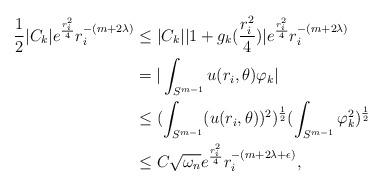
LaTeX: \begin{align*}\frac{1}{2}|C_k|e^{\frac{r_i^2}{4}}r_i^{-(m+2\lambda)}& \le |C_k||1+g_k(\frac{r_i^2}{4})|e^{\frac{r_i^2}{4}}r_i^{-(m+2\lambda)}\\&=|\int_{S^{m-1}}u(r_i,\theta)\varphi_k|\\&\le (\int_{S^{m-1}}( u(r_i,\theta))^2)^{\frac{1}{2}}(\int_{S^{m-1}} \varphi_k^2)^{\frac{1}{2}}\\&\le C\sqrt{\omega_n}e^{\frac{r_i^2}{4}}r_i^{-(m+2\lambda+\epsilon)},\end{align*}